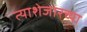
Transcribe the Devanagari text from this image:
त्याशेजारच्या